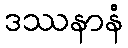
ဒဿနာနံ